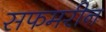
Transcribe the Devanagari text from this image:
सफमरीन